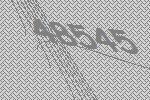
48545